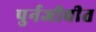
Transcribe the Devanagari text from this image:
पुर्नजीवीत